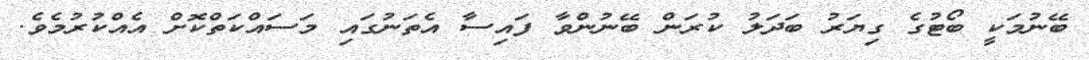
ބޭނުމަކީ ބޯޓުގެ ގިޔަރު ބަދަލު ކުރަން ބޭނުންވާ ފައިސާ އެތަނުގައި މަސައްކަތްކޮށް އެއްކުރުމެވެ.